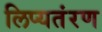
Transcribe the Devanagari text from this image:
लिप्यतंरण